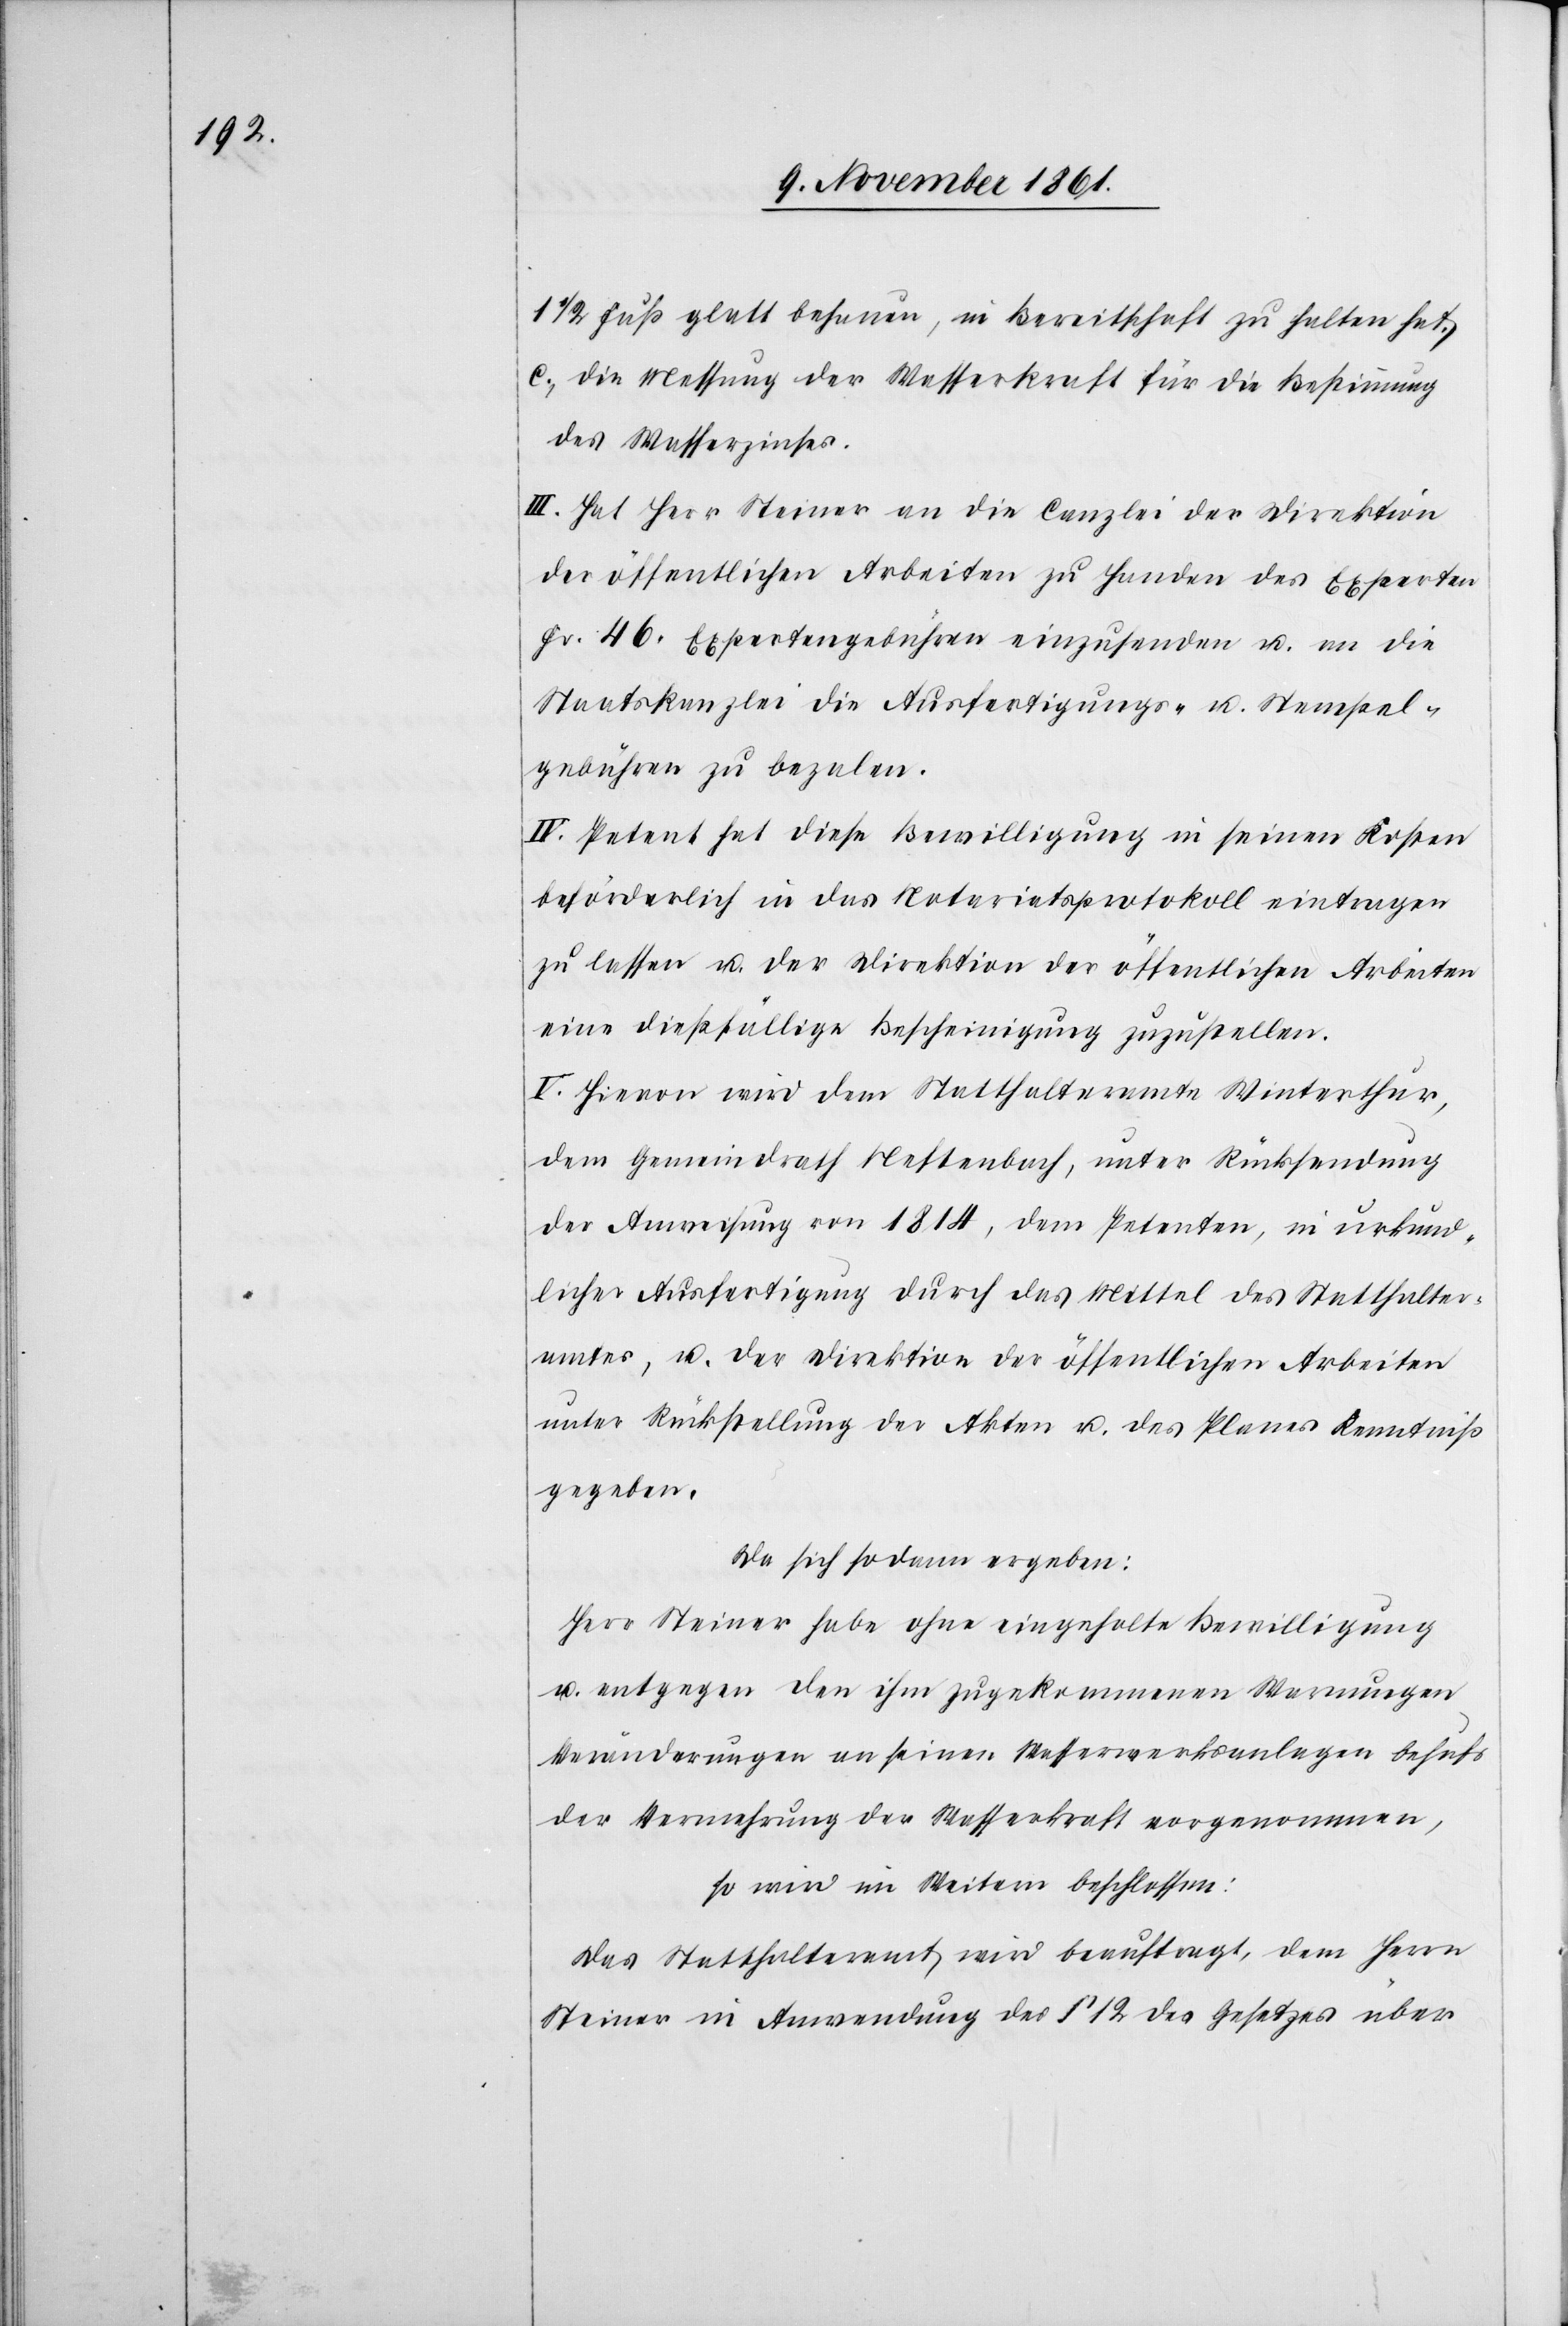
1 1/2 Fuß glatt behauen, in Bereitschaft zu halten hat.
c., die Messung der Wasserkraft für die Bestimmung
des Wasserzinses.
III. Hat Herr Steiner an die Canzlei der Direktion
der öffentlichen Arbeiten zu Handen des Experten
Fr. 46 Expertengebühren einzusenden u. an die
Staatskanzlei die Ausfertigungs- u. Stempel¬
gebühren zu bezalen.
IV. Petent hat diese Bewilligung in seinen Kosten
beförderlich in das Notariatsprotokoll eintragen
zu lassen u. der Direktion der öffentlichen Arbeiten
eine dießfällige Bescheinigung zuzustellen.
V. Hievon wird dem Statthalteramte Winterthur,
dem Gemeindrath Neftenbach, unter Rücksendung
der Ausweisung von 1814, dem Petenten, in urkund¬
licher Ausfertigung durch das Mittel des Statthalter¬
amtes, u. der Direktion der öffentlichen Arbeiten
unter Rückstellung der Akten u. des Planes Kenntniß
gegeben.
Da sich sodann ergeben:
Herr Steiner habe ohne eingeholte Bewilligung
u. entgegen den ihm zugekommenen Warnungen
Veränderungen an seinen Wasserwerksanlagen behufs
der Vemehrung der Wasserkraft vorgenommen,
so wird im Weitern beschlossen:
Das Statthalteramt wird beauftragt, dem Herrn
Steiner in Anwendung des § 12 des Gesetzes über